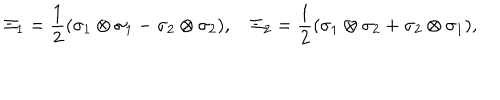
LaTeX: \Xi _ { 1 } = \frac { 1 } { 2 } ( \sigma _ { 1 } \otimes \sigma _ { 1 } - \sigma _ { 2 } \otimes \sigma _ { 2 } ) , \quad \Xi _ { 2 } = \frac { 1 } { 2 } ( \sigma _ { 1 } \otimes \sigma _ { 2 } + \sigma _ { 2 } \otimes \sigma _ { 1 } ) ,